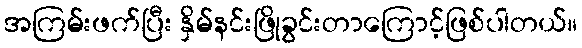
အကြမ်းဖက်ပြီး နှိမ်နင်းဖြိုခွင်းတာကြောင့်ဖြစ်ပါတယ်။